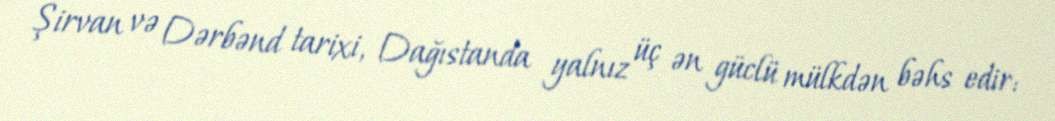
Şirvan və Dərbənd tarixi, Dağıstanda yalnız üç ən güclü mülkdən bəhs edir: